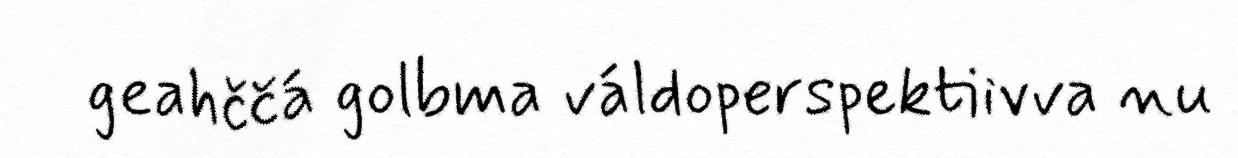
geahččá golbma váldoperspektiivva nu